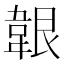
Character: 𩎤